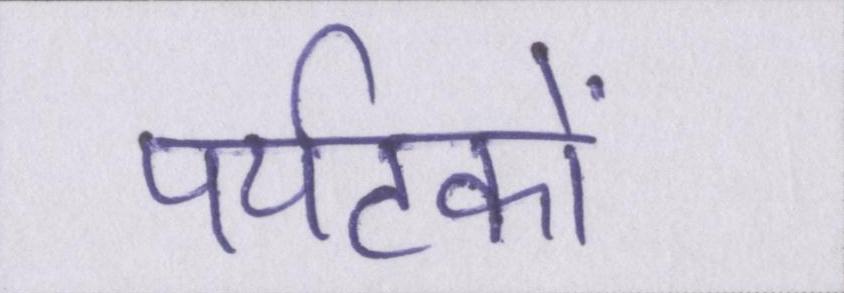
पर्यटकों